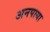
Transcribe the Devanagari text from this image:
अनपाया